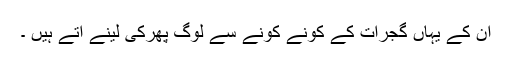
ان کے یہاں گجرات کے کونے کونے سے لوگ پھرکی لینے آتے ہیں ۔